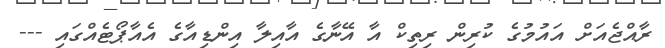
ރާއްޖެއަށް އައުމުގެ ކުރިން ރިތިކް އާ އޭނާގެ އާއިލާ އިންޑިއާގެ އެއާޕޯޓެއްގައި ---